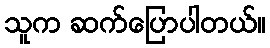
သူက ဆက်ပြောပါတယ်။